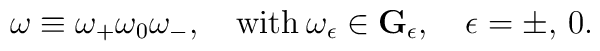
\omega\equiv \omega_+\omega_0\omega_-, \quad \hbox{with}\>\omega_\epsilon \in {\bf G}_\epsilon, \quad \epsilon = \pm, \, 0.